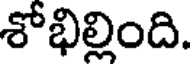
శోభిల్లింది.